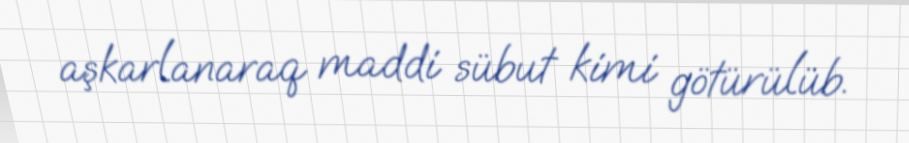
aşkarlanaraq maddi sübut kimi götürülüb.